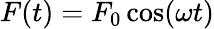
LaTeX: F(t)=F_{0}\cos(\omega t)